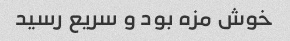
خوش مزه بود و سریع رسید